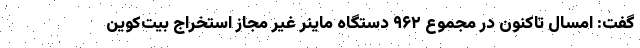
گفت: امسال تاکنون در مجموع ۹۶۲ دستگاه ماینر غیر مجاز استخراج بیت‌کوین